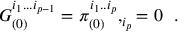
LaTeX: G _ { ( 0 ) } ^ { i _ { 1 } . . . i _ { p - 1 } } = \pi _ { ( 0 ) } ^ { i _ { 1 } . . i _ { p } } , _ { i _ { p } } = 0 \, \, \, \, .